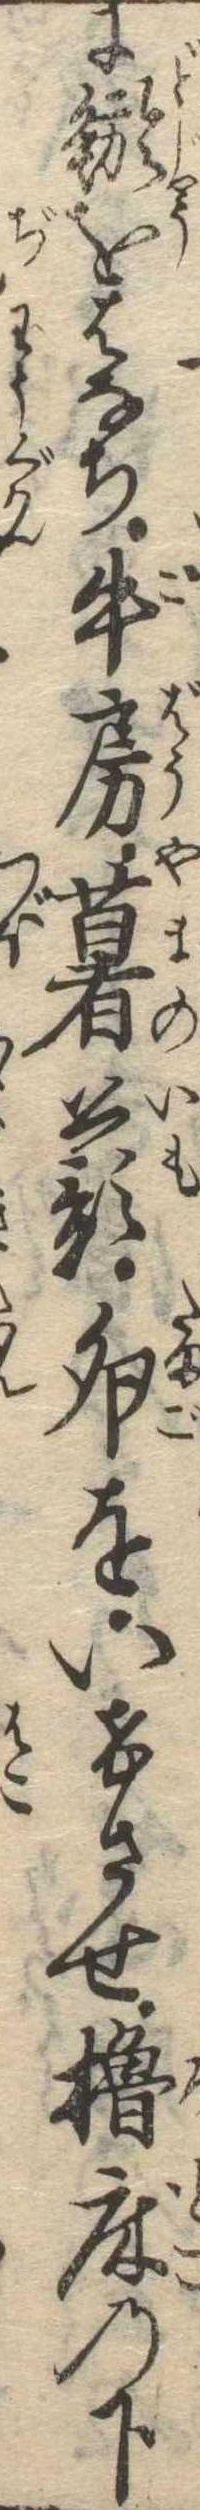
に鯲をはなち牛房薯蕷卵をいけさせ櫓床の下